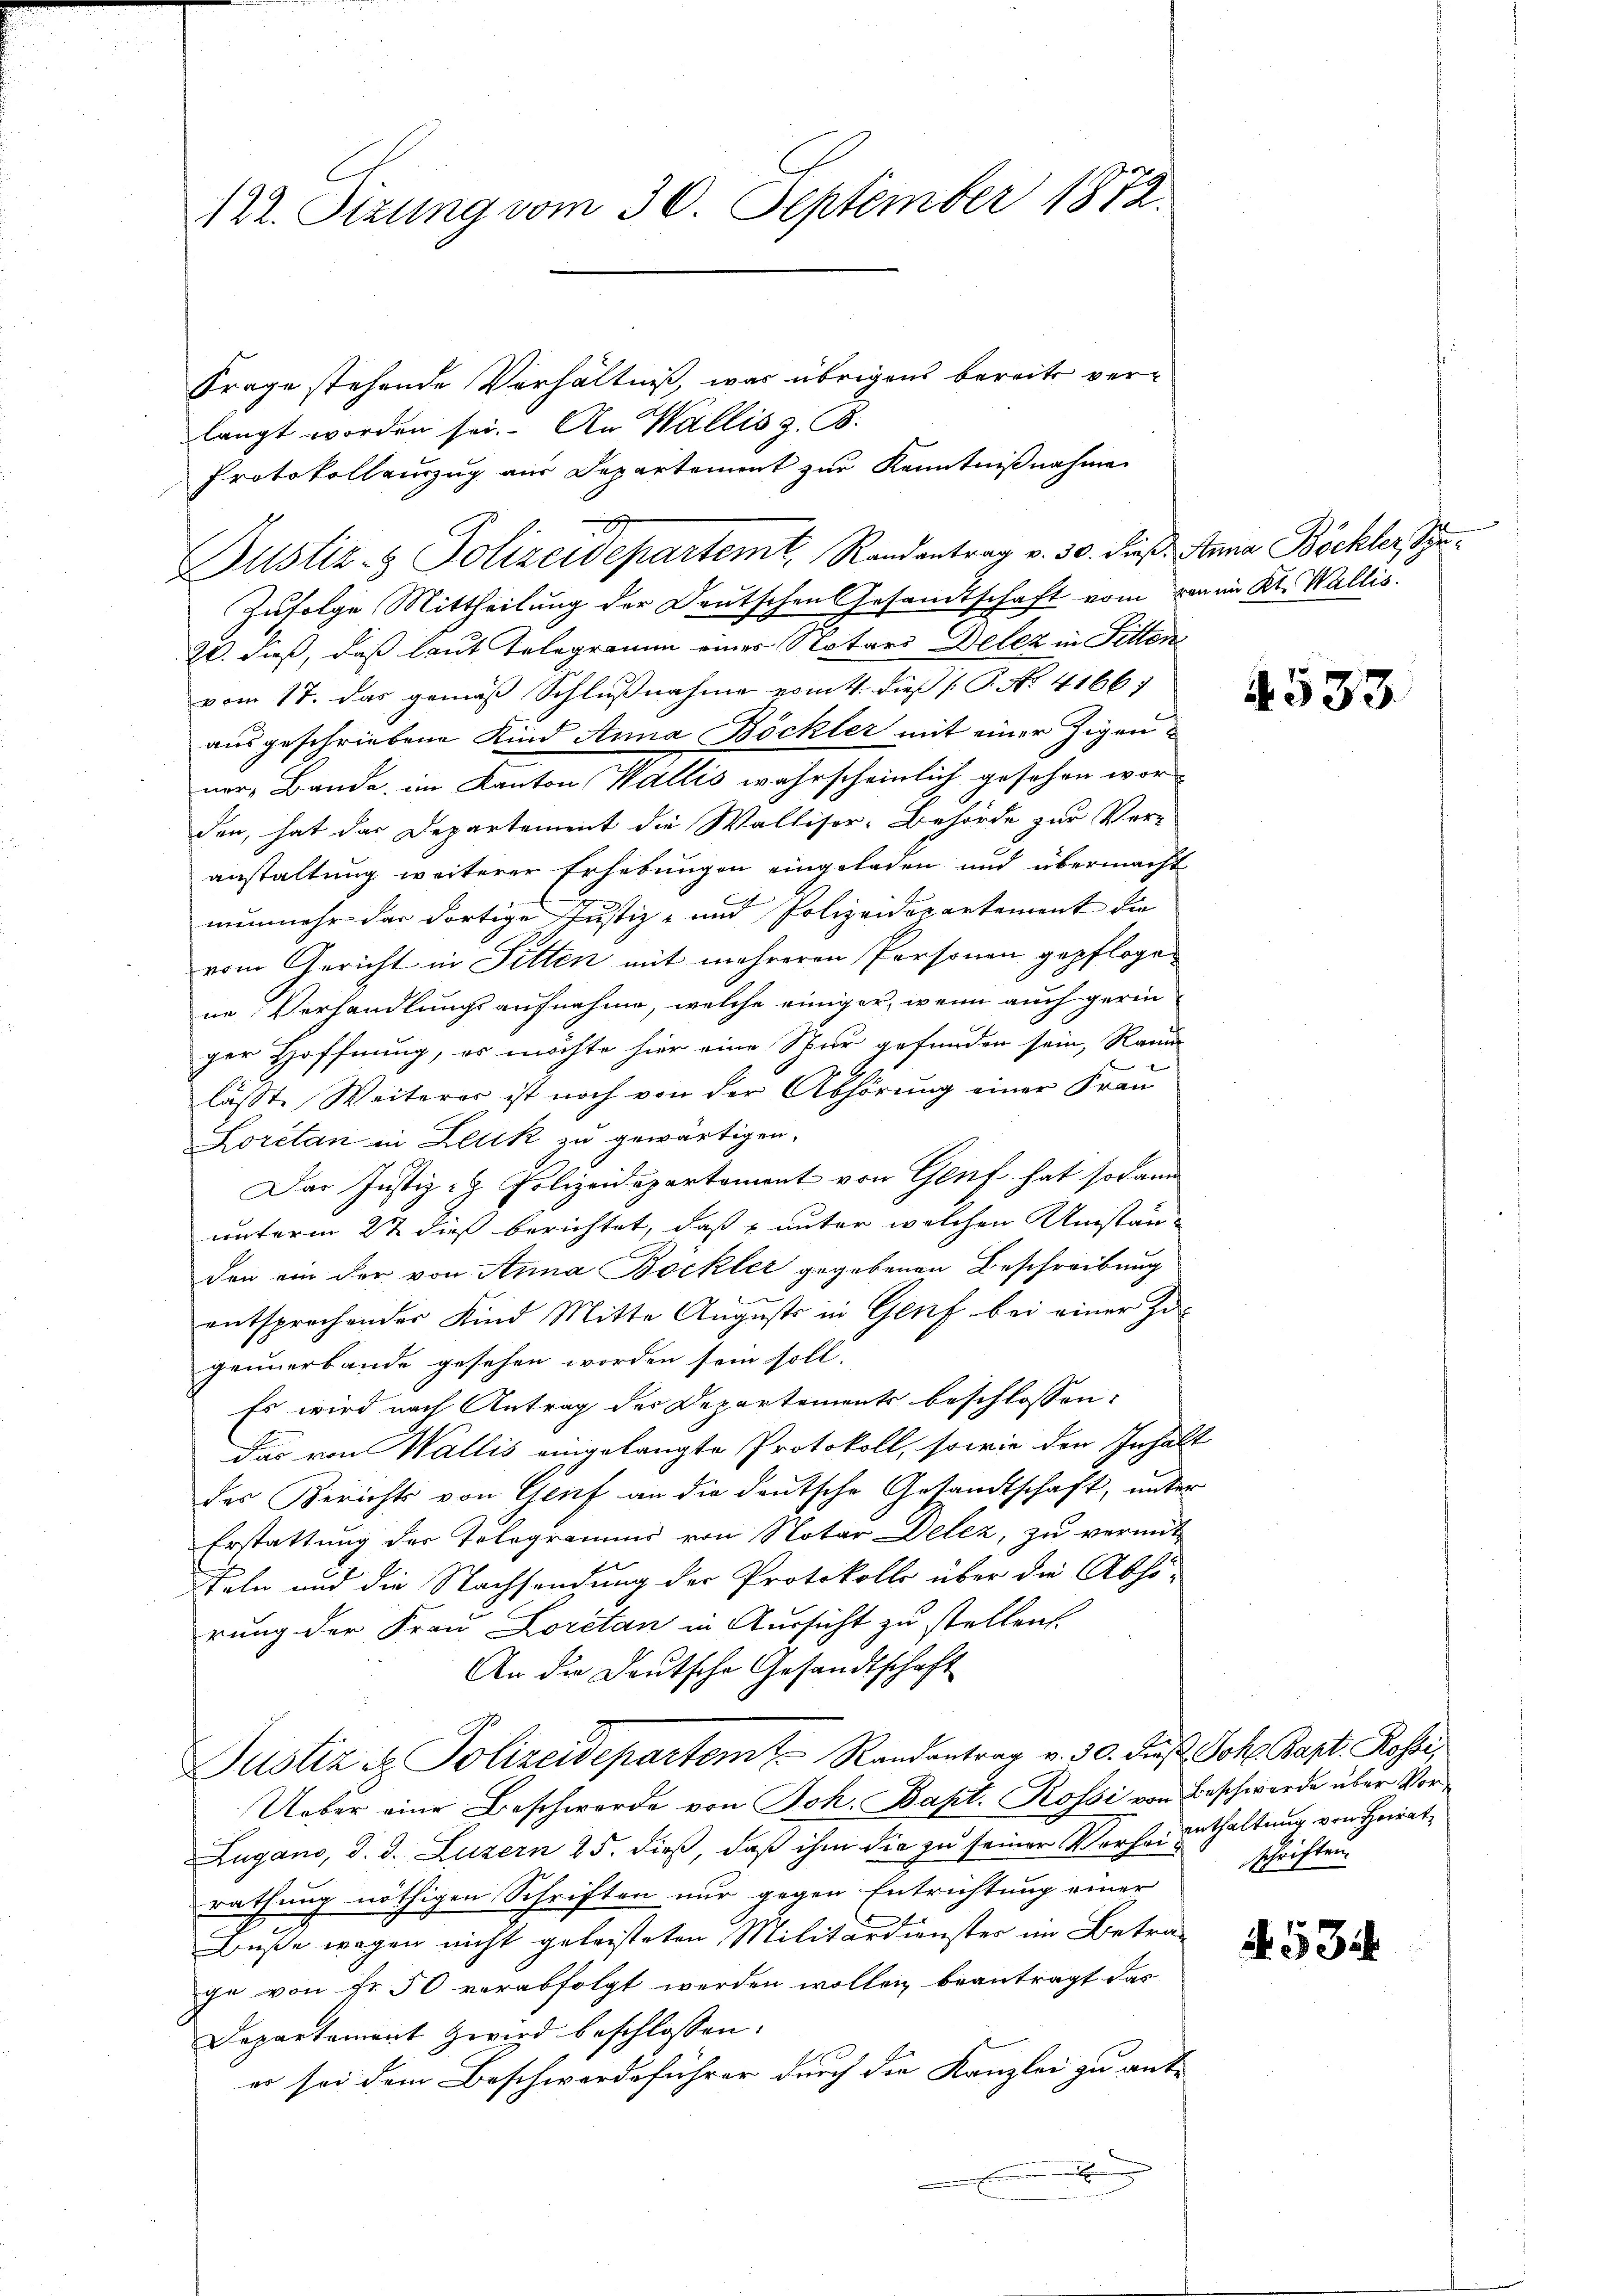
122. Sizung vom 30. September 1872.

Frage stehende Verhältniß, was übrigens bereits verlangt worden sei. An Wallis z. B.
Protokollenzug aus Departement zur Kenntnißnahme
Justiz- & Polizeidepartemt. Randantrag v. 30. dieß. Anna Böckler, Spe
Zufolge Mittheilung der Deutschen Gesandtschaft vom von im Kt. Wallis.
2. dieß, daß laut Telegramm eines Notars Delez in Sitten
vom 17. Das gemäß Schlußnahme vom 4. dieß (: P. No. 4166
ausgeschriebene Kind Anna Böckler mit einer Zigenner, Bande, im Kanton Wallis wahrscheinlich gesehen wor
den, hat das Departement die Walliser-Behörde zur Veranstaltung weiterer Erhebungen eingeladen und übermacht
nunmehr das dortige Justiz- und Polizeidepartement die
vom Gericht in Sitten mit mehreren Personen gepflogene Verhandlungsaufnehme, welche einiger, wenn auch gerin
ger Hoffnung, es möchte hier eine Spur gefunden sein, Raum
e
läste Weiterer ist noch von der Abhörung einer Frau
Loretan in Leuk zu gewärtigen.
Dar Justiz- & Polizeidepartement von Genf hat sodann
unterm 22 dieß berichtet, daß unter welchen Umstän-
den ein der von Anna Bockler gegebenen Beschreibung
.
entsprochender Kind Mitte Augusts in Genf bei einer Zu-
geunerbande gesehen worden sein soll.
Es wird nach Antrag des Departements beschlossen:
Das von Wallis eingelangte Protokoll, sowie den Inhalt
des Berichts von Genf an die deutsche Gesandtschaft, unter
Erstattung der Telegramms von Notar Delez, zu vermit
teln und die Nachsendung der Protokolls über die Abhö-
rung der Frau Loretan in Aussicht zu stellen.
An die Deutsche Gesandtschaft
Justiz & Polizeidepartemt Randantrag v. 30. dieß Joh. Bapt. Rossi
Ueber eine Beschwerde von Joh. Bapt. Rossi von Beschwerde über Vor¬
Zugano, d. d. Luzern 25. dieß, daß ihm die zu seiner Vorher enthaltung von Heirat
rathung nöthigen Schriften nur gegen Entrichtung einer
Buße wegen nicht geleisteten Militärdienster im Betra-
ge von Fr. 50 verabfolgt werden wollen beantragt das
Departament Zwird beschlossen:
er sei dem Beschwerdeführer durch die Kanzlei zu ant-
.

4533

schriften.

4. 534